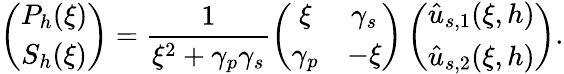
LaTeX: \left(\begin{array}{cc}{P_{h}(\xi)}\\ {S_{h}(\xi)}\end{array}\right)=\frac{1}{\xi^{2}+\gamma_{p}\gamma_{s}}\left(\begin{array}{cc}{\xi}&{\gamma_{s}}\\ {\gamma_{p}}&{-\xi}\end{array}\right)\left(\begin{array}{cc}{\hat{u}_{s,1}(\xi,h)}\\ {\hat{u}_{s,2}(\xi,h)}\end{array}\right).